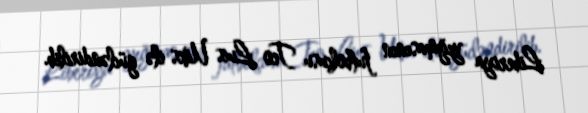
Liberiya yığmasının futbolçusu Teo Luis Uiks ilə gücləndirilib.